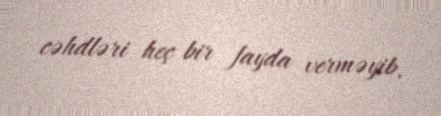
cəhdləri heç bir fayda verməyib.